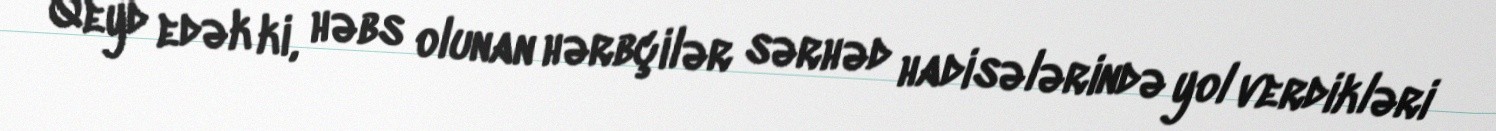
Qeyd edək ki, həbs olunan hərbçilər sərhəd hadisələrində yol verdikləri